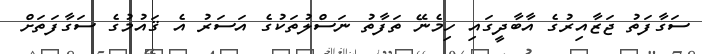
ސަގާފަތު ޖަޒާއިރުގެ އާބާދީގައި ހިމެނޭ ތަފާތު ނަސްލުތަކުގެ އަސަރު އެ ޤައުމުގެ ސަގާފަތަށް